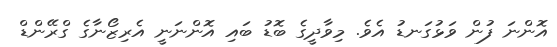
އޮންނަ ފުން ވަޅުގަނޑު އެވެ. މިވާދީގެ ބޮޑު ބައި އޮންނަނީ އެރިޒޯނާގެ ގްރޭންޑް